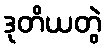
ဒုတိယတွဲ